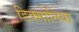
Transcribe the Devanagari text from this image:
डिक्सोनिया